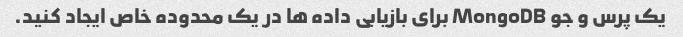
یک پرس و جو MongoDB برای بازیابی داده ها در یک محدوده خاص ایجاد کنید.